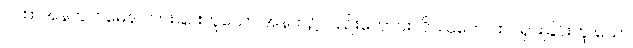
ဂါထာအနက်၊ ဂမေန၊ လားခြင်းဟူသော အနက်၌လည်းကောင်း။ ဝိဿုတေ၊ ထင်ရှားခြင်းဟူ သော